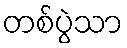
တစ်ပွဲသာ